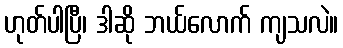
ဟုတ်ပါပြီ၊ ဒါဆို ဘယ်လောက် ကျသလဲ။